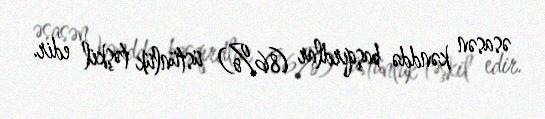
əsasən kənddə başqırdlar (86%) üstünlük təşkil edir.